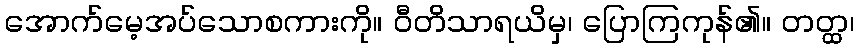
အောက်မေ့အပ်သောစကားကို။ ဝီတိသာရယိမှ၊ ပြောကြကုန်၏။ တတ္ထ၊